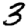
Digit: 3